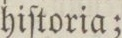
hiſtoria;